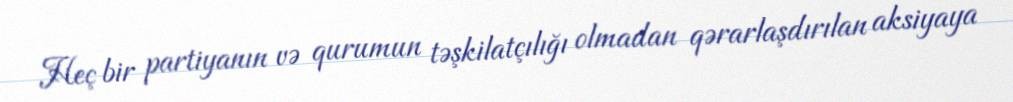
Heç bir partiyanın və qurumun təşkilatçılığı olmadan qərarlaşdırılan aksiyaya